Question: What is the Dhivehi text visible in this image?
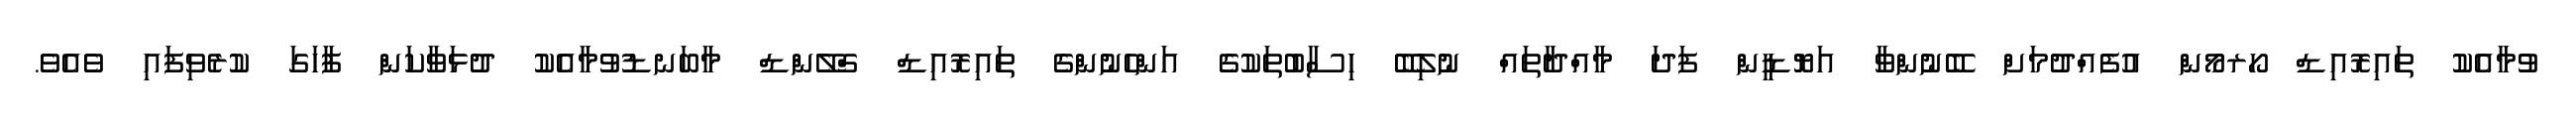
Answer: ވުމާއެކު ތައިރޮއިޑް ހޯރމޯން އުފެއްދުމަށް ބޭނުންވާ އަޔޮޑީން ފަދަ މާއްދާތައް ނުލިބޭ ހިސާބުތަކުގެ އަންހެނުންގެ ތައިރޮއިޑް ގްލޭންޑް މާބަނޑުވުމާއެކު ދުޅަވާކަން ފާހަގަ ކުރެވިފައި ވެއެވެ.